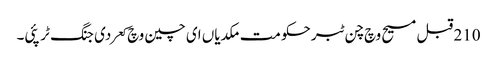
210 قبل مسیح وچ چن ٹبر حکومت مکدیاں ای چین وچ کعر دی جنگ ٹر پئی۔